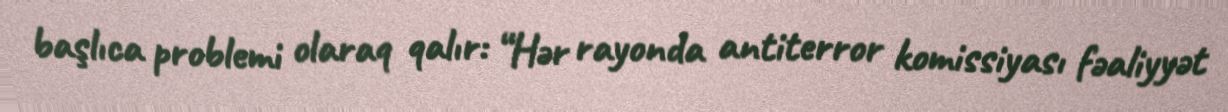
başlıca problemi olaraq qalır: “Hər rayonda antiterror komissiyası fəaliyyət